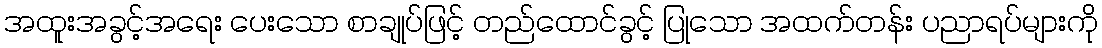
အထူးအခွင့်အရေး ပေးသော စာချုပ်ဖြင့် တည်ထောင်ခွင့် ပြုသော အထက်တန်း ပညာရပ်များကို